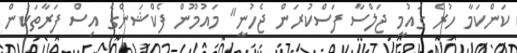
ކަންކަމާ ހުރެ ގައުމީ ޖަލްސާ ފަސްކުރަން ޖެހުނީ" މައުމޫން ފެކްޝަންގެ އިސް ފަރާތަކުން